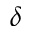
\delta